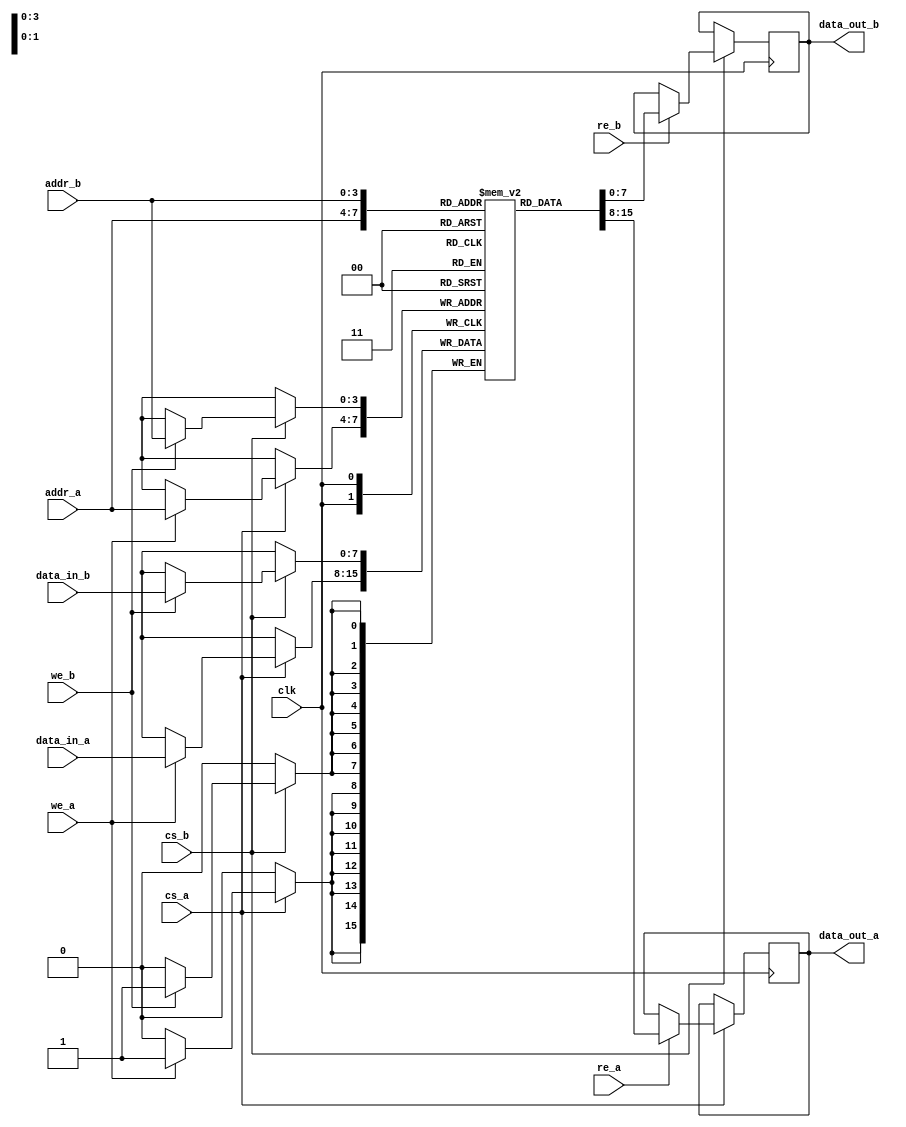
module dual_port_ram #(
    parameter DATA_WIDTH = 8,  // Width of data (in bits)
    parameter ADDR_WIDTH = 4   // Address width (number of bits)
) (
    input wire clk,             // Clock signal
    input wire cs_a,           // Chip select for Port A
    input wire we_a,           // Write enable for Port A
    input wire re_a,           // Read enable for Port A
    input wire [ADDR_WIDTH-1:0] addr_a, // Address for Port A
    input wire [DATA_WIDTH-1:0] data_in_a, // Data input for Port A
    output reg [DATA_WIDTH-1:0] data_out_a, // Data output for Port A
    
    input wire cs_b,           // Chip select for Port B
    input wire we_b,           // Write enable for Port B
    input wire re_b,           // Read enable for Port B
    input wire [ADDR_WIDTH-1:0] addr_b, // Address for Port B
    input wire [DATA_WIDTH-1:0] data_in_b, // Data input for Port B
    output reg [DATA_WIDTH-1:0] data_out_b  // Data output for Port B
);

    // Memory array declaration
    reg [DATA_WIDTH-1:0] ram [(2**ADDR_WIDTH)-1:0];

    // Port A operations
    always @(posedge clk) begin
        if (cs_a) begin
            if (we_a) begin
                // Write operation for Port A
                ram[addr_a] <= data_in_a;
            end
            if (re_a) begin
                // Read operation for Port A
                data_out_a <= ram[addr_a];
            end
        end
    end

    // Port B operations
    always @(posedge clk) begin
        if (cs_b) begin
            if (we_b) begin
                // Write operation for Port B
                ram[addr_b] <= data_in_b;
            end
            if (re_b) begin
                // Read operation for Port B
                data_out_b <= ram[addr_b];
            end
        end
    end

endmodule